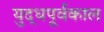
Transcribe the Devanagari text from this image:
युद्धपूर्वकाल